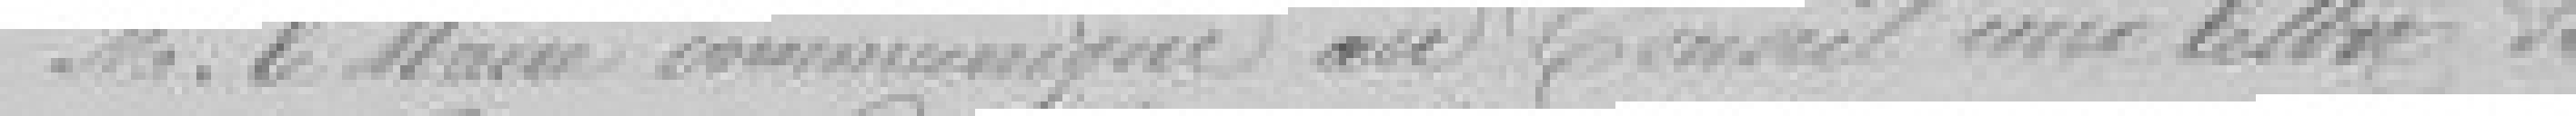
Monsieur le Maire communique au Conseil une lettre de